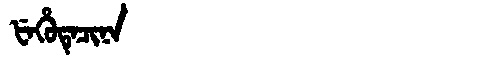
Manchu: ᡶᡝᡥᡠᡨᡝᠴᡳᠨᠠ
Romanization: FEHUTECINA